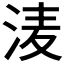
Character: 𭰗